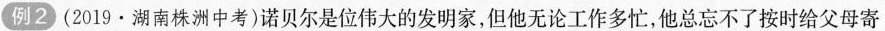
例2)(2019·湖南株洲中考)诺贝尔是位伟大的发明家，但他无论工作多忙，他总忘不了按时给父母寄